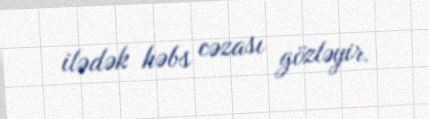
ilədək həbs cəzası gözləyir.